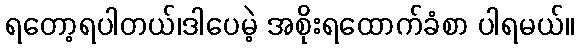
ရတော့ရပါတယ်၊ဒါပေမဲ့ အစိုးရထောက်ခံစာ ပါရမယ်။